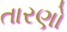
તારણો